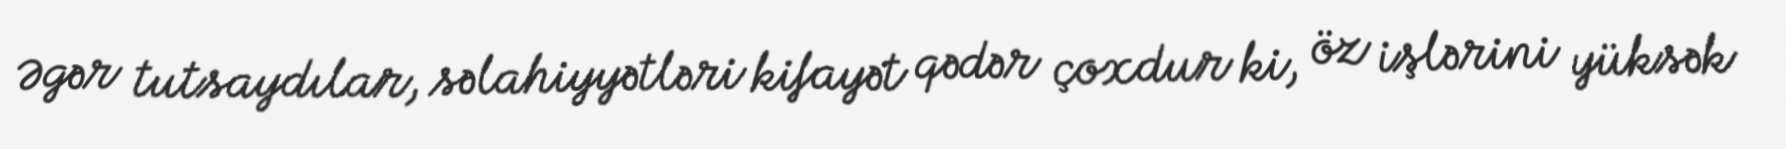
Əgər tutsaydılar, səlahiyyətləri kifayət qədər çoxdur ki, öz işlərini yüksək